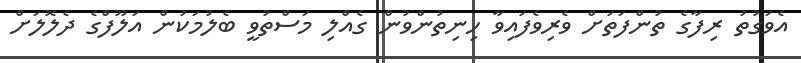
އެވަގުތު ރިފާގެ ތުންފަތަށް ވެރިވެފައިވާ ހިނިތުންވުން ގެއްލި މަސްތުވީ ބެލުމަކުން އަލޫފްގެ ދެލޮލަށް